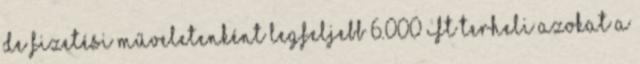
de fizetési műveletenként legfeljebb 6.000 Ft terheli azokat a